Report of an investigation into the causes of malaria in Bombay and the measures necessary for its control
Disease focus: Malaria
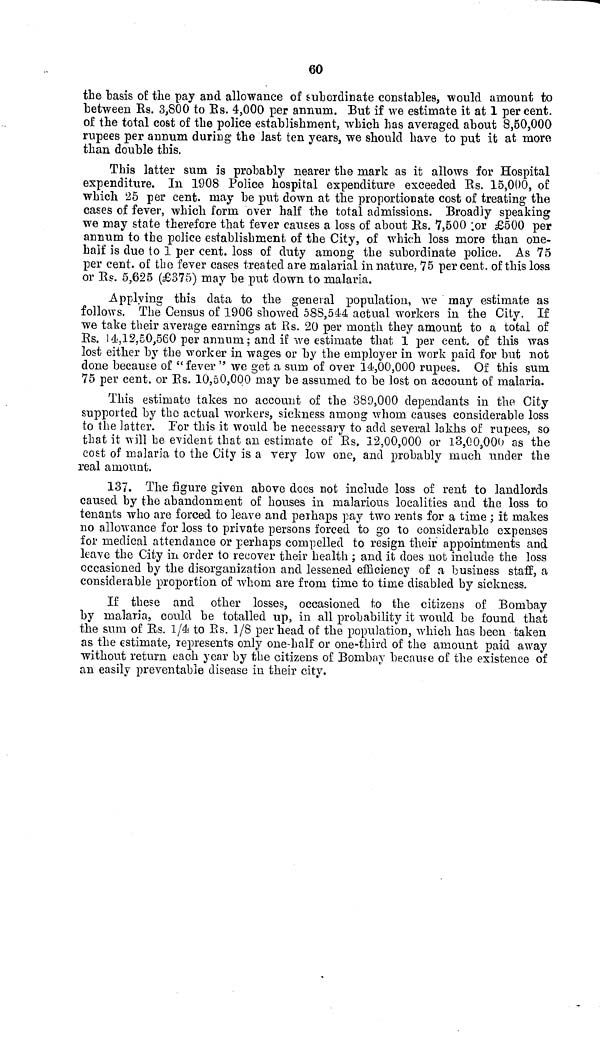
60
the basis of the pay and allowance of subordinate constables, would amount to
between Rs. 3,800 to Rs. 4,000 per annum. But if we estimate it at 1 per
rupees per annum during the last ten years, we should have to put it at more
than double this.
This latter sum is probably nearer the mark as it allows for Hospital
expenditure. In 1908 Police hospital expenditure exceeded Rs. 15,000, of
which 25 per cent. may be put down at the proportionate cost of treating the
cases of fever, which form over half the total admissions. Broadly speaking
we may state therefore that fever causes a loss of about Rs. 7,500 ;or £500 per
annum to the police establishment of the City, of which loss more than one-
half is due to 1 per cent. loss of duty among the subordinate police. As 75
per cent. of the fever cases treated are malarial in nature, 75 per cent. of this loss
or lis. 5,625 (£375) may be put down to malaria.
Applying this data to the general population, we may estimate as
follows. The Census of 1906 showed 588,544 actual workers in the City. If
we take their average earnings at Rs. 20 per month they amount to a total of
Rs. 14,12,50,560 per annum; and if we estimate that 1 per cent. of this was
lost either by the worker in wages or by the employer in work paid for but not
done because of "fever" we get a sum of over 14,00,000 rupees. Of this sum
75 per cent. or Rs. 10,50,000 may be assumed to be lost on account of malaria.
This estimate takes no account of the 389,000 dependants in the City
supported by the actual workers, sickness among whom causes considerable loss
to the latter. Por this it would be necessary to add several lakhs of rupees, so
that it will be evident that an estimate of Rs. 12,00,000 or 13,00,000 as the
cost of malaria to the City is a very low one, and probably much under the
real amount.
137. The figure given above does not include loss of rent to landlords
caused by the abandonment of houses in malarious localities and the loss to
tenants who are forced to leave and perhaps pay two rents for a time ; it makes
no allowance for loss to private persons forced to go to considerable expenses
for medical attendance or perhaps compelled to resign their appointments and
leave the City in order to recover their health ; and it does not include the loss
occasioned by the disorganization and lessened efficiency of a business staff, a
considerable proportion of whom are from time to time disabled by sickness.
If these and other losses, occasioned to the citizens of Bombay
by malaria, could be totalled up, in all probability it would be found that
the sum of Rs. 1/4 to Rs. 1/8 per head of the population, which has been taken
as the estimate, represents only one-half or one-third of the amount paid away
without return each year by the citizens of Bombay because of the existence of
an easily preventable disease in their city.